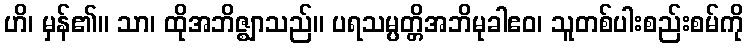
ဟိ၊ မှန်၏။ သာ၊ ထိုအဘိဇ္ဈာသည်။ ပရသမ္ပတ္တိအဘိမုခါဧဝ၊ သူတစ်ပါးစည်းစမ်ကို